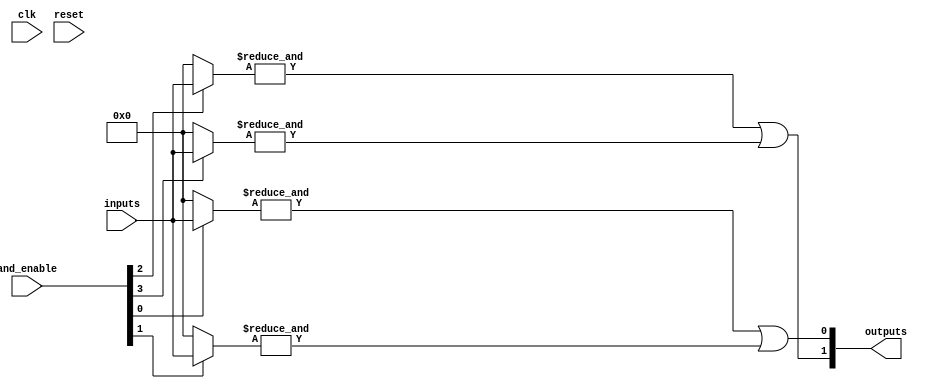
module jewel_pal #(
    parameter NUM_INPUTS = 8,   // Number of inputs
    parameter NUM_AND_GATES = 4, // Number of programmable AND gates
    parameter NUM_OUTPUTS = 2    // Number of fixed OR outputs
)(
    input wire [NUM_INPUTS-1:0] inputs,          // Input signals
    input wire [NUM_AND_GATES-1:0] and_enable,   // Control signals for AND gates
    output wire [NUM_OUTPUTS-1:0] outputs,        // Output signals
    input wire clk,                                // Clock signal for control logic
    input wire reset                               // Reset signal
);

// Internal wires for AND gate outputs
wire [NUM_AND_GATES-1:0] and_outputs;

// Programmable AND Array
genvar i, j;
generate
    for (i = 0; i < NUM_AND_GATES; i = i + 1) begin : and_gate
        wire [NUM_INPUTS-1:0] and_inputs; // Inputs for each AND gate
        assign and_inputs = (and_enable[i]) ? inputs : 0; // Enable based on control signal

        // AND gate logic with inverted inputs
        assign and_outputs[i] = &and_inputs; // Example: simple AND operation
    end
endgenerate

// Fixed OR Array
assign outputs[0] = and_outputs[0] | and_outputs[1]; // OR gate 1
assign outputs[1] = and_outputs[2] | and_outputs[3]; // OR gate 2

// Control Logic (Example)
always @(posedge clk or posedge reset) begin
    if (reset) begin
        // Reset logic here
    end else begin
        // Control logic for programming AND gates
    end
end

endmodule